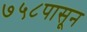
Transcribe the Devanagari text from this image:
७५८पासून